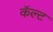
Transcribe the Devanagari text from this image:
कॅल्ट